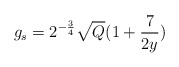
\begin{align*}g_{s} = 2^{-\frac{3}{4}} \sqrt{Q}(1+\frac{7}{2y})\end{align*}